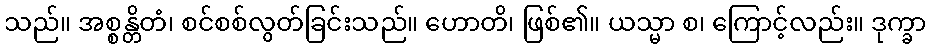
သည်။ အစ္စန္တိတံ၊ စင်စစ်လွတ်ခြင်းသည်။ ဟောတိ၊ ဖြစ်၏။ ယသ္မာ စ၊ ကြောင့်လည်း။ ဒုက္ခာ